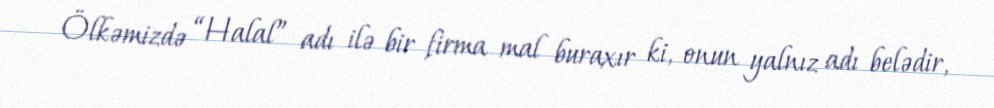
Ölkəmizdə “Halal” adı ilə bir firma mal buraxır ki, onun yalnız adı belədir,